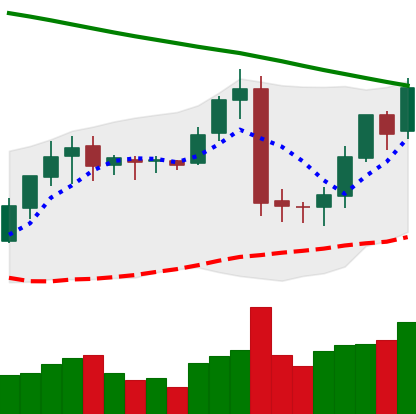
Ticker: BNB-USD
Chart end date: 2019-02-04
Forward return: 24.94%
Label: up_7plus